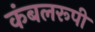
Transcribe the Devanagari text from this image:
कंबलरूपी